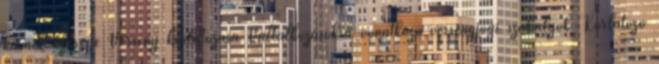
kiemelt szerepe Verseny korlátozása Vállalkozásokra vonatkozó versenyjogi szabályok Korlátozó